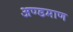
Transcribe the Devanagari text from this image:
अण्डमाण